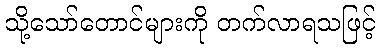
သို့သော်တောင်များကို တက်လာရသဖြင့်